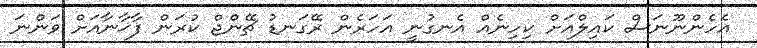
އެހެންނޫނަސް ކައިލްއަށް ކިހިނެއް އެނގުނީ އަހަރެން ރޭގަނޑު ޗޭންޖް ކުރަން ފާޚާނާއަށް ވަންނަ